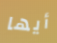
أيها